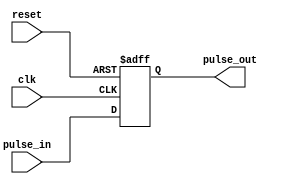
module timing_control_sync (
    input wire clk, // Common clock signal
    input wire reset, // Reset signal
    input wire pulse_in, // Input pulse signal
    output wire pulse_out // Synchronized and aligned output pulse signal
);

reg pulse_sync; // Synchronized pulse signal

always @(posedge clk or posedge reset) begin
    if (reset) begin
        pulse_sync <= 1'b0; // Reset the synchronized pulse signal
    end else begin
        pulse_sync <= pulse_in; // Synchronize input pulse signal
    end
end

assign pulse_out = pulse_sync; // Output synchronized pulse signal

endmodule